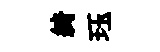
綺珏